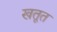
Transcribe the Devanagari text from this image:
खतूत